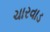
ચારવાડ